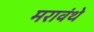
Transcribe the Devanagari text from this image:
मरावंथे